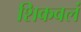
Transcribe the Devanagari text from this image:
शिकवलं